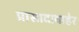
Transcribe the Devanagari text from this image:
प्रासादाबाहेर